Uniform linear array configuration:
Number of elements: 24
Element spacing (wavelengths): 0.75
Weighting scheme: blackman
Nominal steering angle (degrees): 30
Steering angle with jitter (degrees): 28.983
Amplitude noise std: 0.05
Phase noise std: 0.05

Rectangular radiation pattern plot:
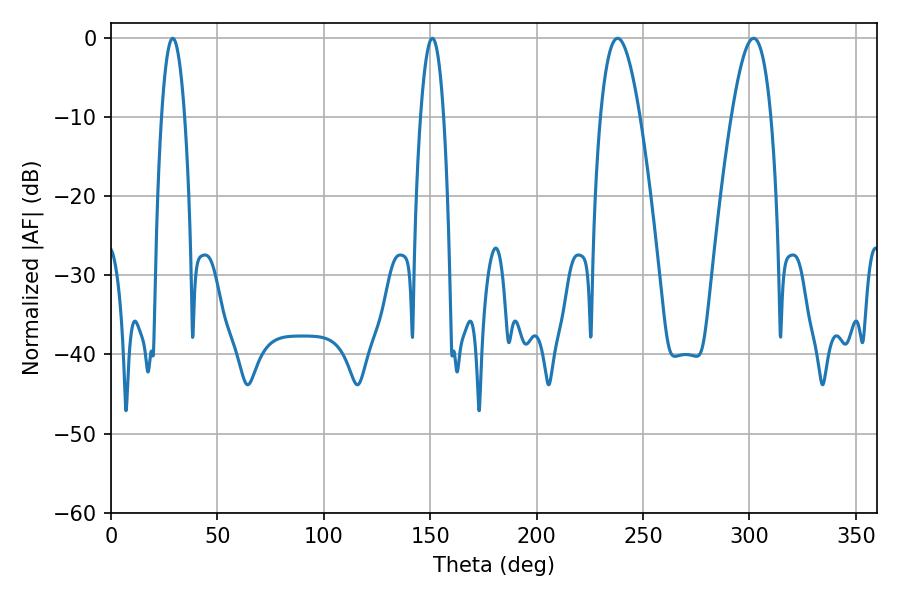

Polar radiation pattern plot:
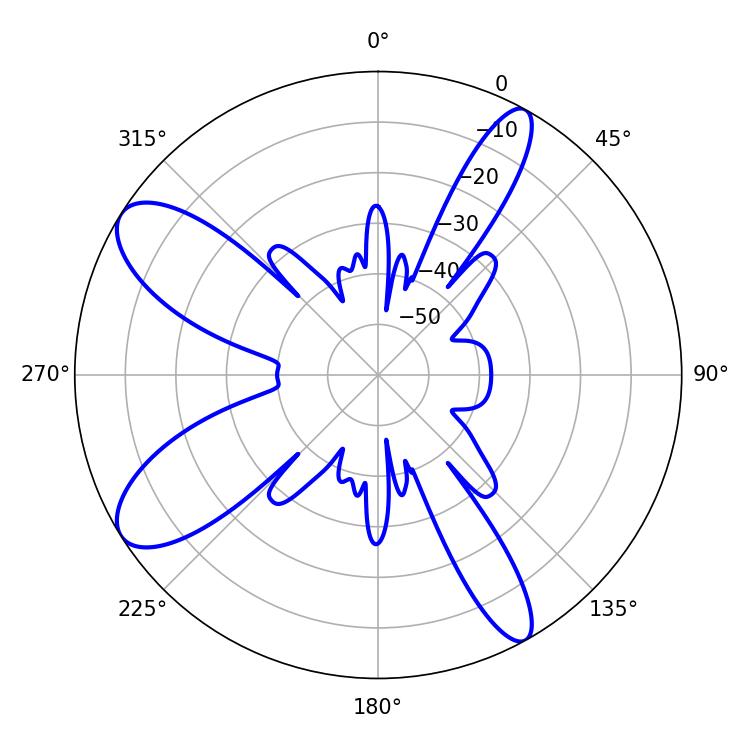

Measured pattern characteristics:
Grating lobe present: TRUE
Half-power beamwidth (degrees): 5.94
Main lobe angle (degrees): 28.98